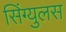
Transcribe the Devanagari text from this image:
सिंग्युलस